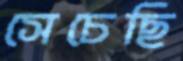
সেচেছি